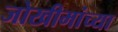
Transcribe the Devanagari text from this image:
जोखीमांच्या